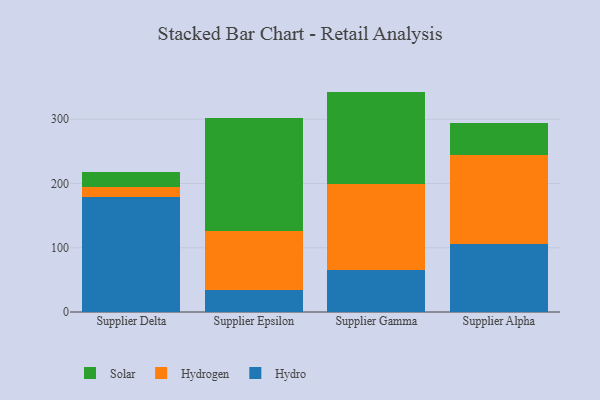
{"axis": {"x": "Supplier", "y": "Revenue (USD Million)"}, "legend": ["Hydro", "Hydrogen", "Solar"], "data": [{"x": "Supplier Delta", "y": 179.2, "type": "Hydro"}, {"x": "Supplier Delta", "y": 15.3, "type": "Hydrogen"}, {"x": "Supplier Delta", "y": 23.3, "type": "Solar"}, {"x": "Supplier Epsilon", "y": 34.2, "type": "Hydro"}, {"x": "Supplier Epsilon", "y": 91.6, "type": "Hydrogen"}, {"x": "Supplier Epsilon", "y": 175.4, "type": "Solar"}, {"x": "Supplier Gamma", "y": 65.6, "type": "Hydro"}, {"x": "Supplier Gamma", "y": 133.8, "type": "Hydrogen"}, {"x": "Supplier Gamma", "y": 143.6, "type": "Solar"}, {"x": "Supplier Alpha", "y": 106.2, "type": "Hydro"}, {"x": "Supplier Alpha", "y": 138.3, "type": "Hydrogen"}, {"x": "Supplier Alpha", "y": 50.1, "type": "Solar"}]}